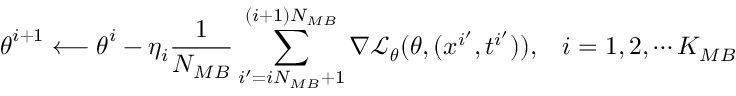
\boldsymbol { \theta } ^ { i + 1 } \longleftarrow \boldsymbol { \theta } ^ { i } - \eta _ { i } \frac { 1 } { N _ { M B } } \sum _ { i ^ { \prime } = i N _ { M B } + 1 } ^ { ( i + 1 ) N _ { M B } } \nabla \mathcal { L } _ { \boldsymbol { \theta } } ( \boldsymbol { \theta } , ( \boldsymbol { x } ^ { i ^ { \prime } } , t ^ { i ^ { \prime } } ) ) , \; \; \; i = 1 , 2 , \cdots K _ { M B }